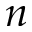
n